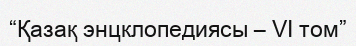
“Қазақ энцклопедиясы – VI том”